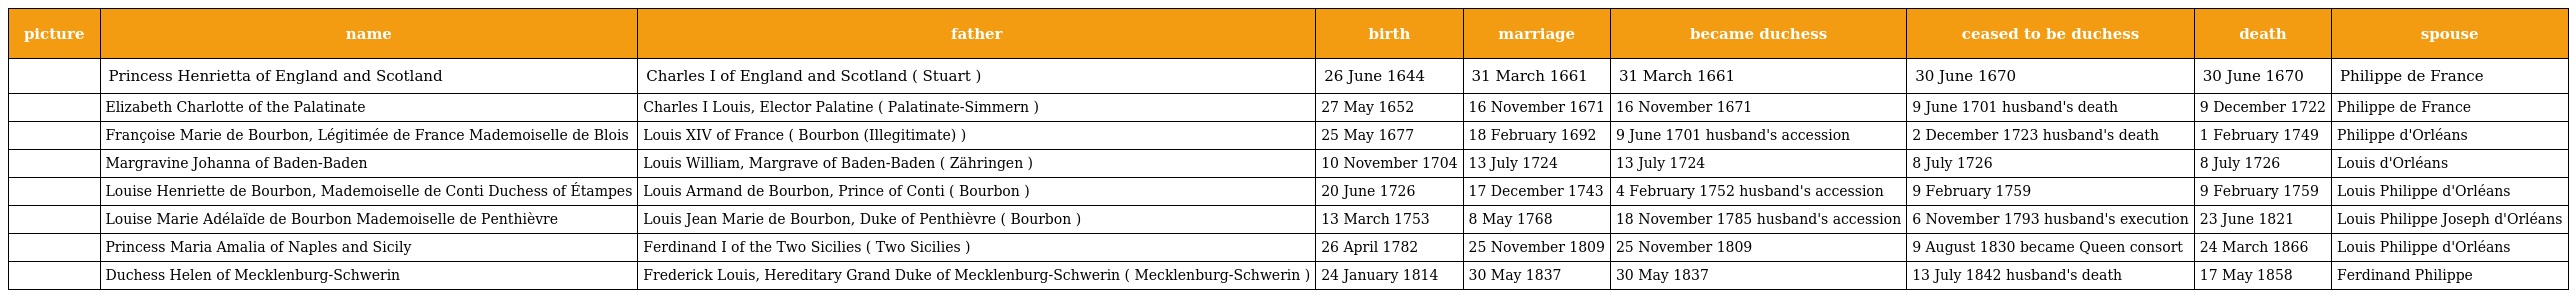
| picture | name | father | birth | marriage | became duchess | ceased to be duchess | death | spouse |
 | --- | --- | --- | --- | --- | --- | --- | --- | --- |
 |  | Princess Henrietta of England and Scotland | Charles I of England and Scotland ( Stuart ) | 26 June 1644 | 31 March 1661 | 31 March 1661 | 30 June 1670 | 30 June 1670 | Philippe de France |
 |  | Elizabeth Charlotte of the Palatinate | Charles I Louis, Elector Palatine ( Palatinate-Simmern ) | 27 May 1652 | 16 November 1671 | 16 November 1671 | 9 June 1701 husband's death | 9 December 1722 | Philippe de France |
 |  | Françoise Marie de Bourbon, Légitimée de France Mademoiselle de Blois | Louis XIV of France ( Bourbon (Illegitimate) ) | 25 May 1677 | 18 February 1692 | 9 June 1701 husband's accession | 2 December 1723 husband's death | 1 February 1749 | Philippe d'Orléans |
 |  | Margravine Johanna of Baden-Baden | Louis William, Margrave of Baden-Baden ( Zähringen ) | 10 November 1704 | 13 July 1724 | 13 July 1724 | 8 July 1726 | 8 July 1726 | Louis d'Orléans |
 |  | Louise Henriette de Bourbon, Mademoiselle de Conti Duchess of Étampes | Louis Armand de Bourbon, Prince of Conti ( Bourbon ) | 20 June 1726 | 17 December 1743 | 4 February 1752 husband's accession | 9 February 1759 | 9 February 1759 | Louis Philippe d'Orléans |
 |  | Louise Marie Adélaïde de Bourbon Mademoiselle de Penthièvre | Louis Jean Marie de Bourbon, Duke of Penthièvre ( Bourbon ) | 13 March 1753 | 8 May 1768 | 18 November 1785 husband's accession | 6 November 1793 husband's execution | 23 June 1821 | Louis Philippe Joseph d'Orléans |
 |  | Princess Maria Amalia of Naples and Sicily | Ferdinand I of the Two Sicilies ( Two Sicilies ) | 26 April 1782 | 25 November 1809 | 25 November 1809 | 9 August 1830 became Queen consort | 24 March 1866 | Louis Philippe d'Orléans |
 |  | Duchess Helen of Mecklenburg-Schwerin | Frederick Louis, Hereditary Grand Duke of Mecklenburg-Schwerin ( Mecklenburg-Schwerin ) | 24 January 1814 | 30 May 1837 | 30 May 1837 | 13 July 1842 husband's death | 17 May 1858 | Ferdinand Philippe |